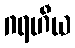
ဂရဟီယ